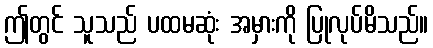
ဤတွင် သူသည် ပထမဆုံး အမှားကို ပြုလုပ်မိသည်။